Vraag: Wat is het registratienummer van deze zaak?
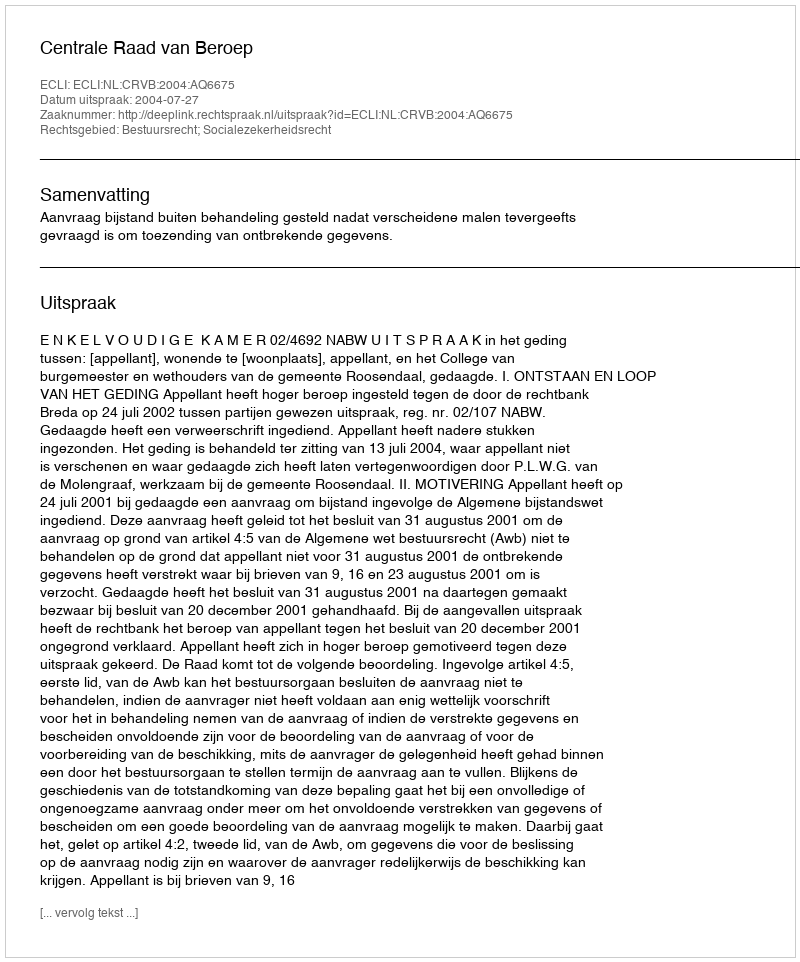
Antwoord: http://deeplink.rechtspraak.nl/uitspraak?id=ECLI:NL:CRVB:2004:AQ6675